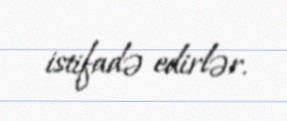
istifadə edirlər.